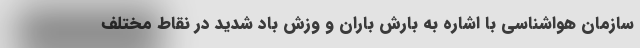
سازمان هواشناسی با اشاره به بارش باران و وزش باد شدید در نقاط مختلف